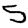
Digit: 5